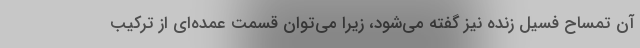
آن تمساح فسیل زنده نیز گفته می‌شود، زیرا می‌توان قسمت عمده‌ای از ترکیب